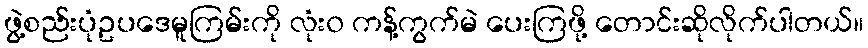
ဖွဲ့စည်းပုံဥပဒေမူကြမ်းကို လုံး၀ ကန့်ကွက်မဲ ပေးကြဖို့ တောင်းဆိုလိုက်ပါတယ်။